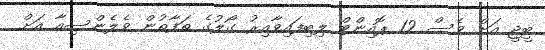
ބީޖީ އަށް ވެސް 12 ޕޮއިންޓް ލިބިފައިވާއިރު ގޯލުގެ ތަފާތުން ވެލެންސިއާ އަށް